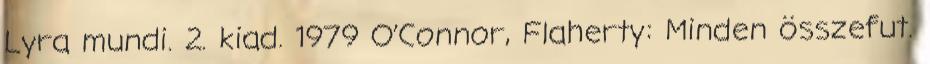
Lyra mundi. 2. kiad. 1979 O’Connor, Flaherty: Minden összefut.